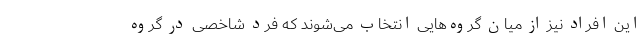
این افراد نیز از میان گروه‌هایی انتخاب می‌شوند که فرد شاخصی در گروه